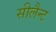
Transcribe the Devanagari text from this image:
सीलैन्ट